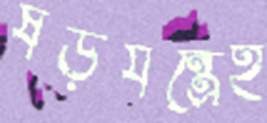
ষড়যন্ত্রেই